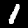
Label: 1